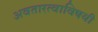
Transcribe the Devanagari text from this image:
अवतारत्वाविषयी